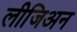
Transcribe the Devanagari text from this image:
लीजिअन